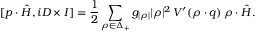
[ p \cdot \hat { H } , i { \cal D } \times I ] = { \frac { 1 } { 2 } } \sum _ { \rho \in \Delta _ { + } } { g _ { | \rho | } | \rho | ^ { 2 } } \, V ^ { \prime } ( \rho \cdot q ) \, \rho \cdot \hat { H } .